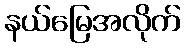
နယ်မြေအလိုက်